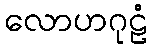
လောဟဂုဠံ